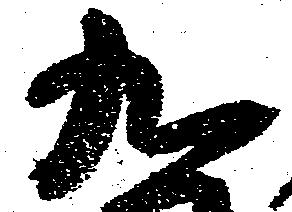
九